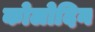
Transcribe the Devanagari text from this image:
कोलोदिन